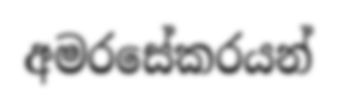
අමරසේකරයන්